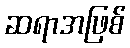
ဆရာအဖြစ်